Elephants and their diseases
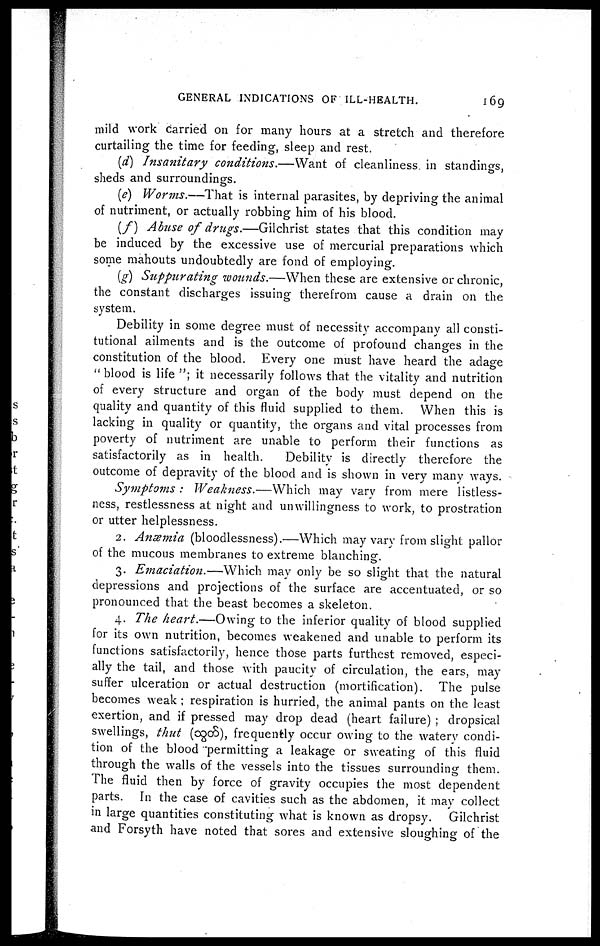
GENERAL INDICATIONS OF ILL-HEALTH.
169
mild work carried on for many hours at a stretch and therefore
curtailing the time for feeding, sleep and rest.
(d) Insanitary conditions.—Want
of cleanliness in standings,
sheds and surroundings.
(e) Worms.—That is internal parasites, by depriving the animal
of nutriment, or actually robbing him of his blood.
(f) Abuse of drugs.—-Gilchrist states that this condition may
be induced by the excessive use of mercurial preparations which
some mahouts undoubtedly are fond of employing.
(g) Suppurating wounds.—When these are extensive or chronic,
the constant discharges issuing therefrom cause a drain on the
system.
Debility in some degree must of necessity accompany all consti-
tutional ailments and is the outcome of profound changes in the
constitution of the blood. Every one must have heard the adage
"blood is life "; it necessarily follows that the vitality and nutrition
of every structure and organ of the body must depend on the
quality and quantity of this fluid supplied to them. When this is
lacking in quality or quantity, the organs and vital processes from
poverty of nutriment are unable to perform their functions as
satisfactorily as in health.
Debility is directly therefore the
outcome of depravity of the blood and is shown in very many ways.
Symptoms : Weakness.—Which
may vary from mere listless-
ness, restlessness at night and unwillingness to work, to prostration
or utter helplessness.
2. Anætnia (bloodlessness).—Which may vary from slight pallor
of the mucous membranes to extreme blanching.
3. Emaciation.—Which
may only be so slight that the natural
depressions and projections of the surface are accentuated, or so
pronounced that the beast becomes a skeleton.
4. The heart.—Owing to the inferior quality of blood supplied
for its own nutrition, becomes weakened and unable to perform its
functions satisfactorily, hence those parts furthest removed, especi-
ally the tail, and those with paucity of circulation, the ears, may
suffer ulceration or actual destruction (mortification). The pulse
becomes weak ; respiration is hurried, the animal pants on the least
exertion, and if pressed may drop dead (heart failure) ; dropsical
swellings, thut (ogdS), frequently occur owing to the watery condi-
tion of the blood "permitting a leakage or sweating of this fluid
through the walls of the vessels into the tissues surrounding them.
The fluid then by force of gravity occupies the most dependent
parts. In the case of cavities such as the abdomen, it may collect
in large quantities constituting what is known as dropsy. Gilchrist
and Forsyth have noted that sores and extensive sloughing of the